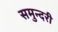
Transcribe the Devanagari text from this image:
समुन्दरी